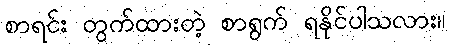
စာရင်း တွက်ထားတဲ့ စာရွက် ရနိုင်ပါသလား။